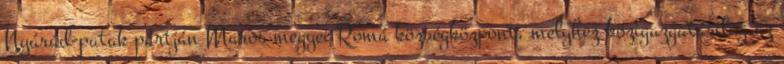
Nyárád-patak partján Maros megyei Romá községközpont, melyhez közigazgatásilag az